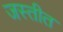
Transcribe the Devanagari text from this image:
जस्तीत